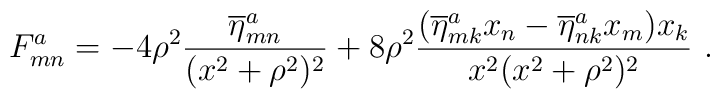
F_{mn}^a =- 4\rho^2 \frac{\overline\eta_{mn}^a}{(x^2+\rho^2)^2}+ 8\rho^2\frac{(\overline\eta_{mk}^ax_n-\overline\eta_{nk}^ax_m)x_k}{x^2(x^2+\rho^2)^2} ~.